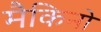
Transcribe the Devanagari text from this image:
मैकिनो